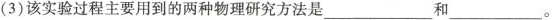
(3)该实验过程主要用到的两种物理研究方法是___和___。